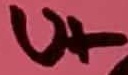
Text: U+